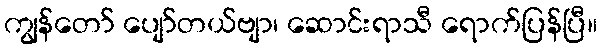
ကျွန်တော် ပျော်တယ်ဗျာ၊ ဆောင်းရာသီ ရောက်ပြန်ပြီ။